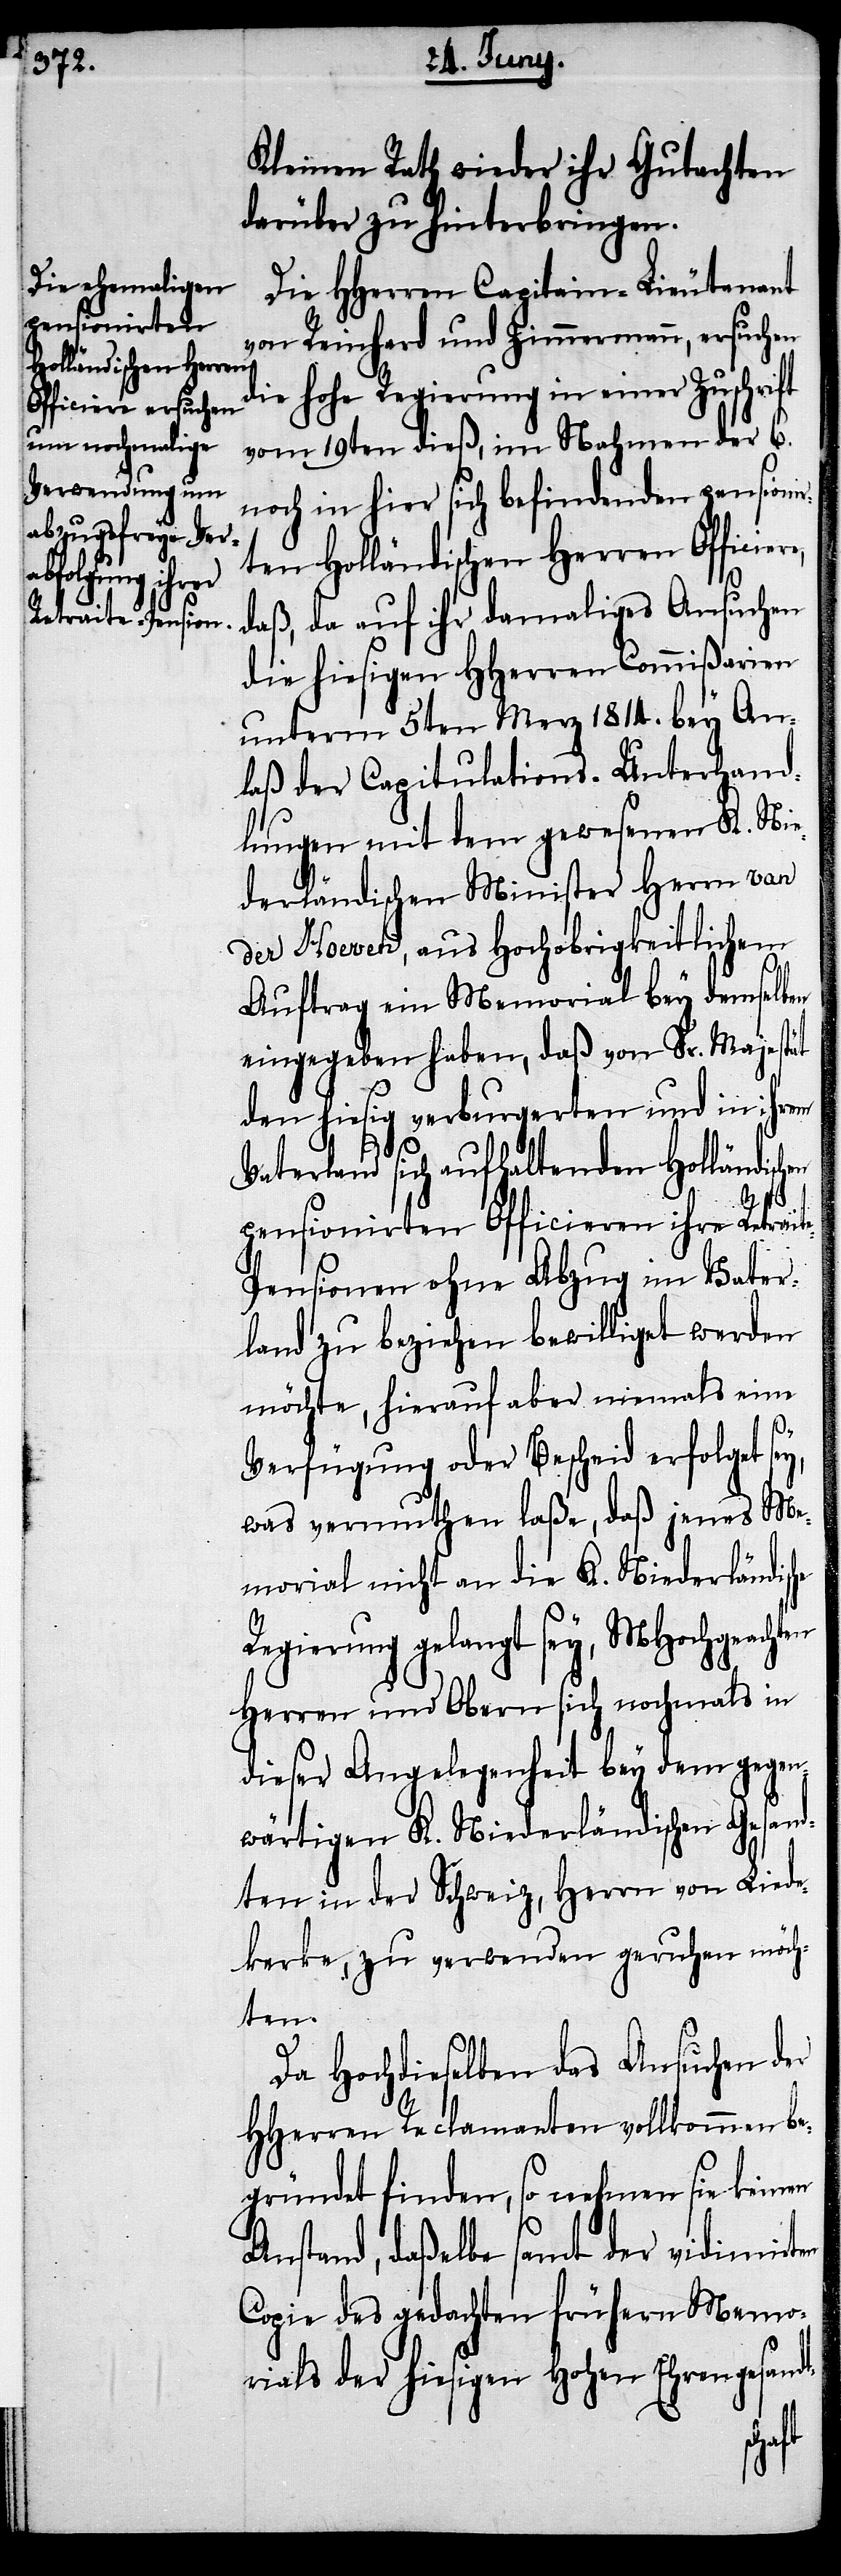
Kleinen Rath wieder ihr Gutachten
darüber zu hinterbringen.
Die HHerren Capitain-Lieutenant
von Reinhard und Zimmermann, ersuchen
die hohe Regierung in einer Zuschrift
vom 19ten dieß, im Nahmen der 6.
noch in hier sich befindenden pensionir¬
ten Holländischen Herren Officiere,
daß, da auf ihr damaliges Ansuchen
die hiesigen HHerren Commißarien
unterm 5ten Merz 1814. bey An¬
laß der Capitulations-Unterhand¬
lungen mit dem gewesenen K. Nie¬
derländischen Minister Herrn van
der Hoeven, aus Hochobrigkeitlichem
Auftrag ein Memorial bey demselben
eingegeben haben, daß von Sr. Majestät
den hiesig verburgerten und in ihrem
Vaterland sich aufhaltenden Holländisc¬
pensionirten Officieren ihre Retr¬
e-Pensionen ohne Abzug im Vater¬
land zu beziehen bewilligt werden
möchte, hierauf aber niemals eine
Verfügung oder Bescheid erfolgt sey,
was vermuthen laße, daß jenes Me¬
morial nicht an die K. Niederländisc¬
Regierung gelangt sey, MHochgeach¬
Herren und Obern sich nochmals in
dieser Angelegenheit bey dem gegen¬
wärtigen K. Niederländischen Gesand¬
ten in der Schweiz, Herrn von Liede¬
kerke, zu verwenden geruhen möch¬
ten.
Da Hochdieselben das Ansuchen der
HHerren Reclamanten vollkommen be¬
gründet finden, so nehmen sie keinen
Anstand, daßelbe samt der vidimirten
Copie des gedachten frühern Memo¬
rials der hiesigen Hohen Ehrengesandt-
he